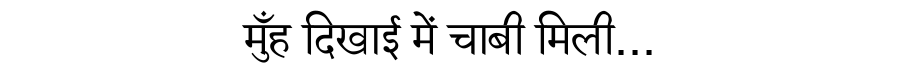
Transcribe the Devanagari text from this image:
मुँह दिखाई में चाबी मिली...